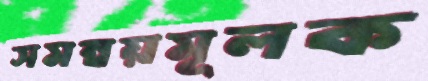
সমন্বয়মূলক